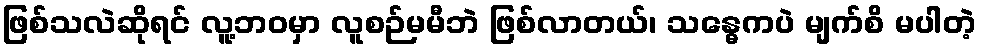
ဖြစ်သလဲဆိုရင် လူ့ဘဝမှာ လူစဉ်မမီဘဲ ဖြစ်လာတယ်၊ သန္ဓေကပဲ မျက်စိ မပါတဲ့